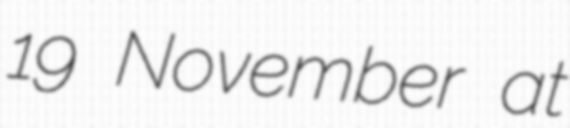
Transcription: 19 November at